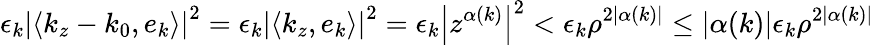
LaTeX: \epsilon_{k}\left|\left\langle k_{z}-k_{0},e_{k}\right\rangle\right|^{2}=\epsilon_{k}\left|\left\langle k_{z},e_{k}\right\rangle\right|^{2}=\epsilon_{k}\left|z^{\alpha(k)}\right|^{2}<\epsilon_{k}\rho^{2|\alpha(k)|}\leq|\alpha(k)|\epsilon_{k}\rho^{2|\alpha(k)|}